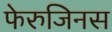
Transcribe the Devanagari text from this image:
फेरुजिनस